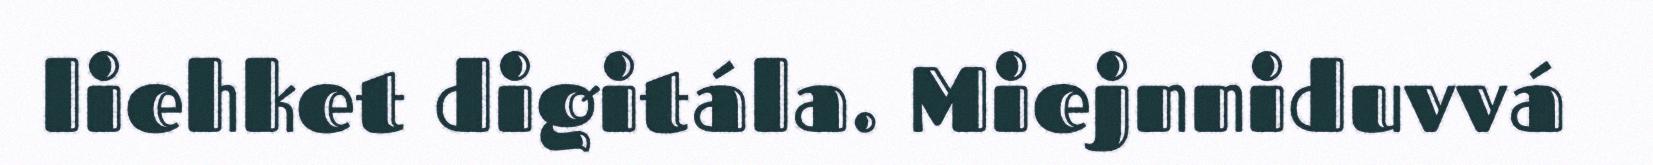
liehket digitála. Miejnniduvvá